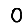
Digit: 0